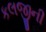
કલજીની